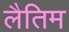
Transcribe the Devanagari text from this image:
लैतिम